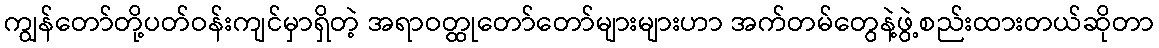
ကျွန်တော်တို့ပတ်ဝန်းကျင်မှာရှိတဲ့ အရာဝတ္ထုတော်တော်များများဟာ အက်တမ်တွေနဲ့ဖွဲ့စည်းထားတယ်ဆိုတာ